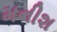
મનીશ